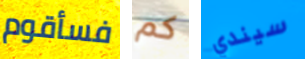
فسأقوم كم سيندي